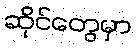
ဆိုင်တွေမှာ